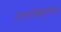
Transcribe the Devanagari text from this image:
रणथंबोरचा